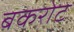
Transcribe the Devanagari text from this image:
बकरोट